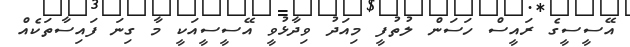
އޭސީސީގެ ރައީސް ހަސަން ލުތުފީ މިއަދު ވިދާޅުވީ އޭސީސީއަކީ މާ ގިނަ ފައިސާތަކެއް